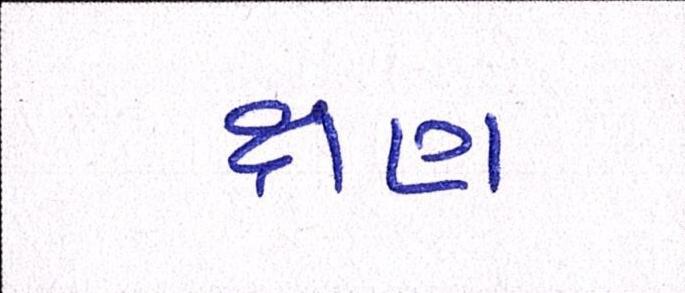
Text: ક્ષણ